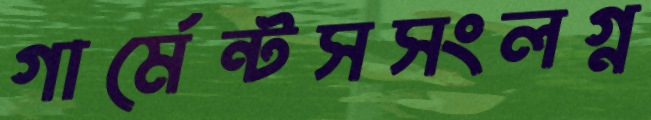
গার্মেন্টসসংলগ্ন